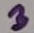
Text: 3